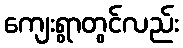
ကျေးရွာတွင်လည်း